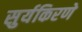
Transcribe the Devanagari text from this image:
सुर्यकिरणे